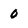
Character: 0